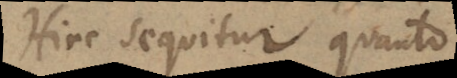
Hinc sequitur, quanto